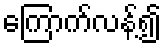
ကြောက်လန့်၍